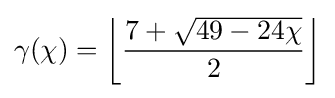
\gamma (\chi )=\left\lfloor {\frac {7+{\sqrt {49-24\chi }}}{2}}\right\rfloor